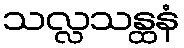
သလ္လသန္ထနံ